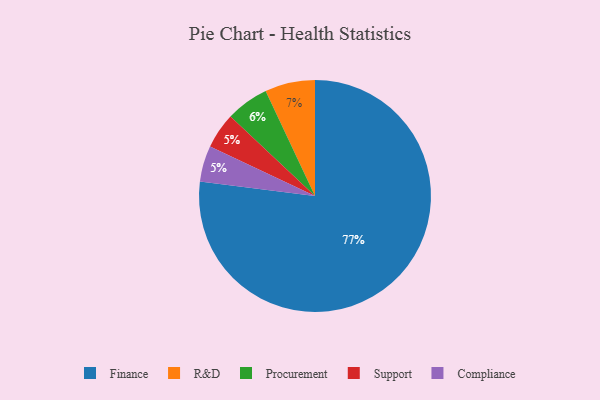
{"axis": {"x": "Category", "y": "Percentage"}, "legend": ["Compliance", "Finance", "Procurement", "R&D", "Support"], "data": [{"x": "Support", "y": 5, "type": "Support"}, {"x": "Finance", "y": 77, "type": "Finance"}, {"x": "Compliance", "y": 5, "type": "Compliance"}, {"x": "R&D", "y": 7, "type": "R&D"}, {"x": "Procurement", "y": 6, "type": "Procurement"}]}